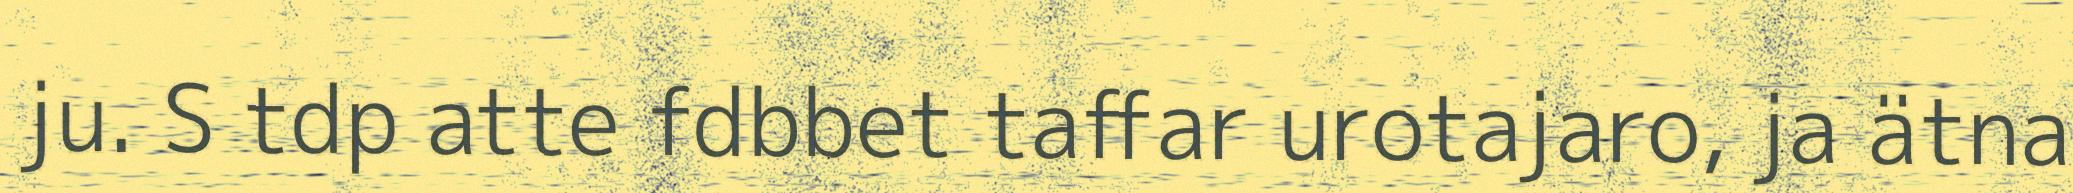
ju. S tdp atte fdbbet taffar urotajaro, ja ätna